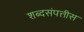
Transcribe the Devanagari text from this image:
शब्दसंपत्तीस